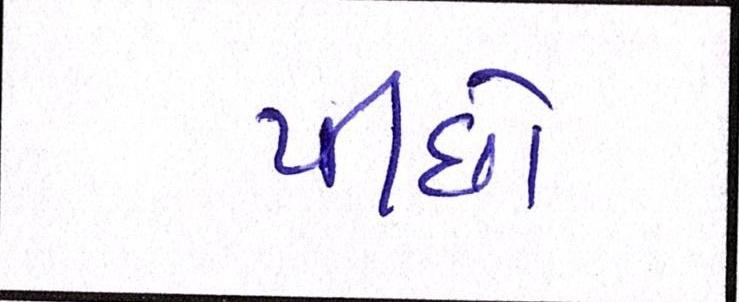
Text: પીછો